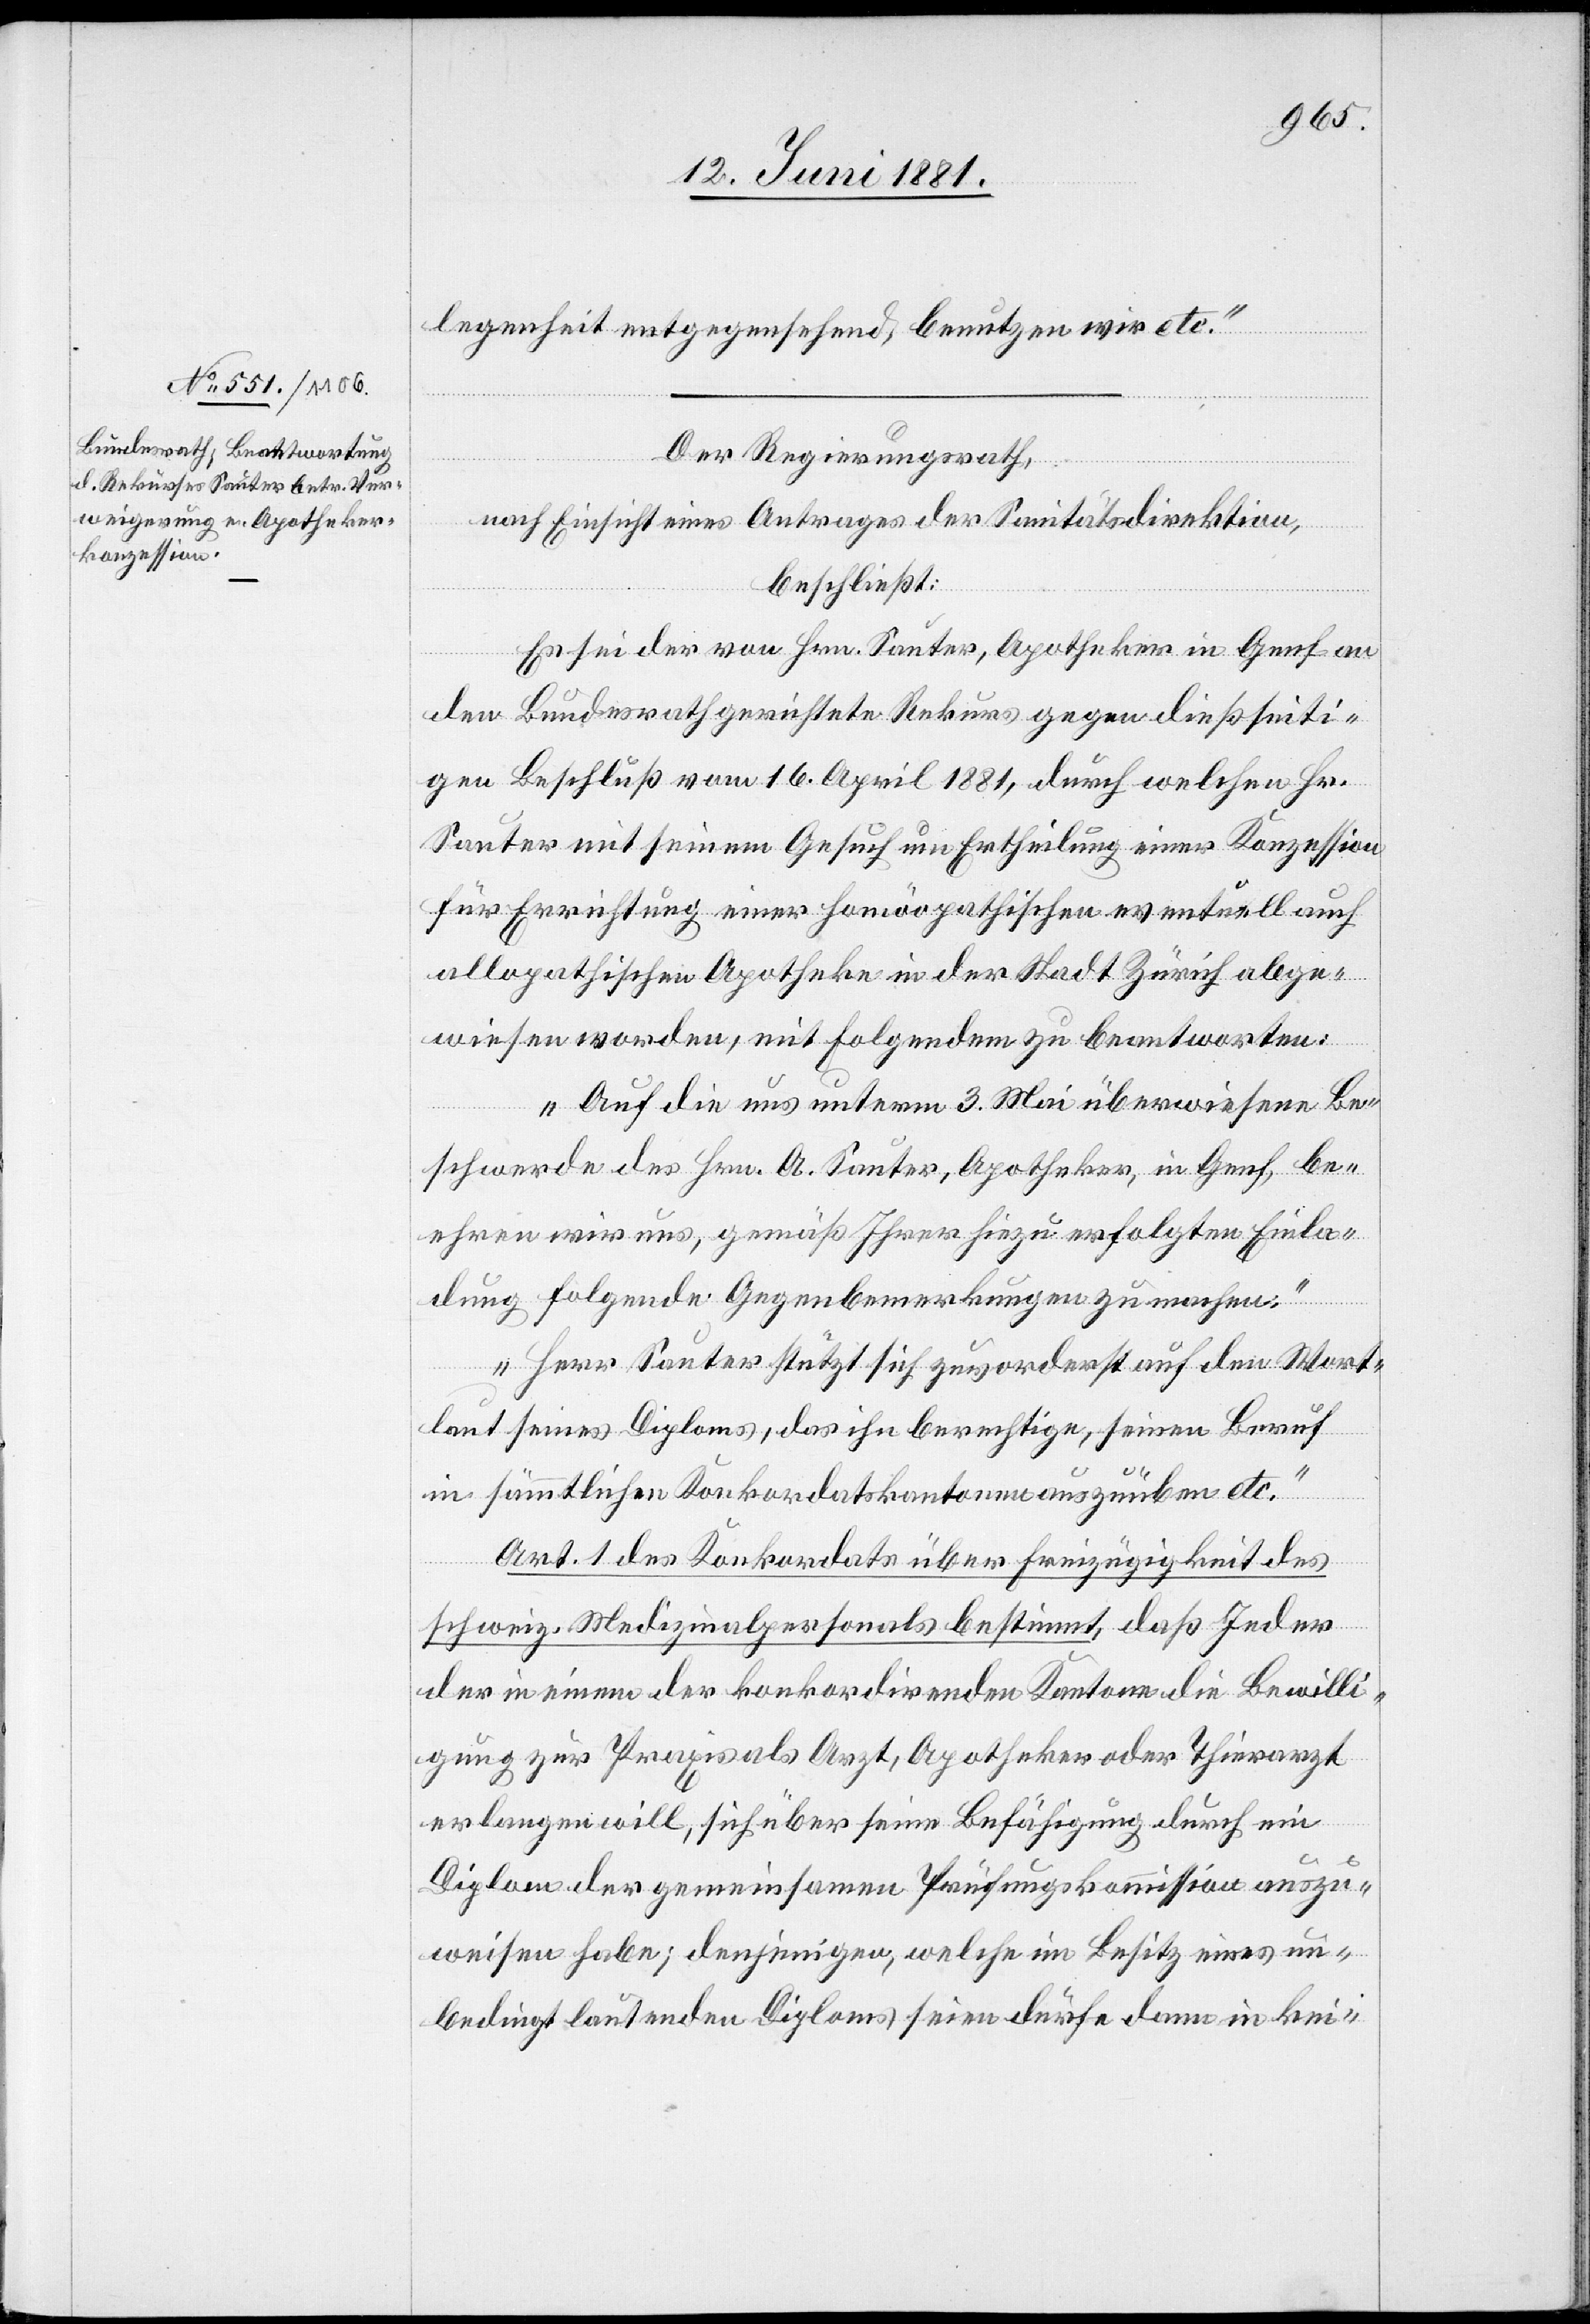
legenheit entgegensehend, benutzen wir etc.“
Der Regierungsrath,
nach Einsicht eines Antrages der Sanitätsdirektion,
beschließt:
Es sei der von Hrn. Sauter, Apotheker in Genf an
den Bundesrath gerichtete Rekurs gegen dießseiti¬
gen Beschluß vom 16. April 1881, durch welchen Hr.
Sauter mit seinem Gesuch um Ertheilung einer Konzession
für Errichtung einer homöopathischen eventuell auch
allogathischen Apotheke in der Stadt Zürich abge¬
wiesen worden, mit folgendem zu beantworten:
„Auf die uns unterm 3. Mai überwiesen Be¬
schwerde des Hrn. A. Sauter, Apotheker, in Genf, be¬
ehren wir uns, gemäß Ihrer hiezu erfolgten Einla¬
dung folgende Gegenbemerkung zu machen.
Herr Sauter stützt sich zuvorderst auf den Wort¬
laut seines Diploms, das ihn berechtige, seinen Beruf
in sämmtlichen Konkordatskantonen auszuüben etc.
Art. 1 des Konkordats über Freizügigkeit des
schweiz. Medizinalpersonals bestimmt, daß Jeder
der in einem der konkordirenden Kantonen die Bewilli¬
gung zur Praxis als Arzt, Apotheker oder Thierarzt
erlangen will, sich über seine Befähigung durch ein
Diplom der gemeinsamen Prüfungskommission auszu¬
weisen habe; denjenigen, welche im Besitz eines un¬
bedingt lautenden Diploms seien, dürfe dann in kei-